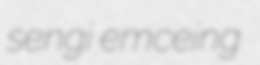
sengi emceing